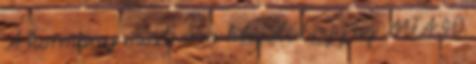
A kormány most arra készül, hogy az MTA 40